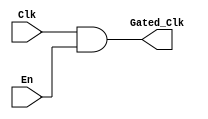
module clock_gating(
    input wire Clk,            // Main clock input
    input wire En,             // Enable signal
    output wire Gated_Clk      // Gated clock output
);

    // Clock gating logic: Gated clock is enabled if En is high
    assign Gated_Clk = Clk & En;

endmodule